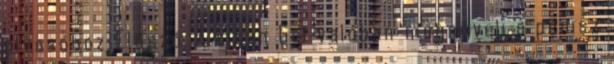
olvasóhoz Előszó. A titan Gel valóban megnöveli a pénisz